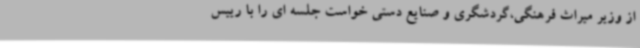
از وزیر میراث فرهنگی،‌گردشگری و صنایع دستی خواست جلسه ای را با رییس